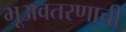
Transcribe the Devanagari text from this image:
भूअवतरणाची